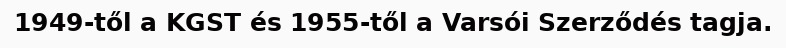
1949-től a KGST és 1955-től a Varsói Szerződés tagja.